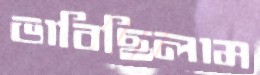
ভাবিছিলাম